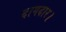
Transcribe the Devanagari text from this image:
दागदार।